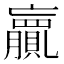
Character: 𮚨